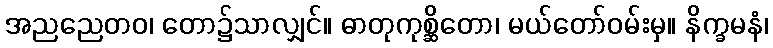
အညညေတဝ၊ တော၌သာလျှင်။ ဓာတုကုစ္ဆိတော၊ မယ်တော်ဝမ်းမှ။ နိက္ခမနံ၊